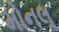
મોનલૢ